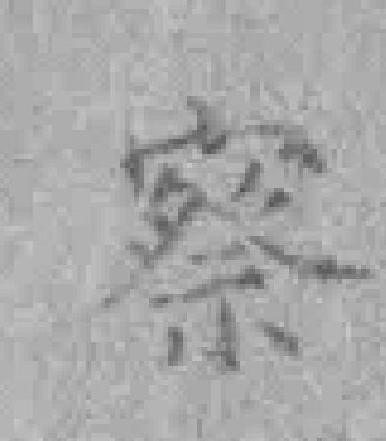
察